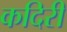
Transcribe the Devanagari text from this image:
कदिरी